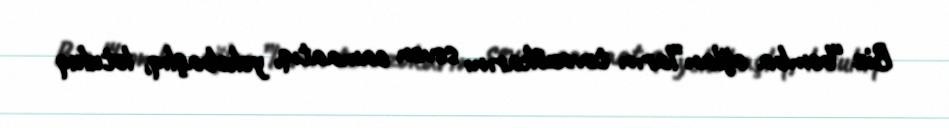
Biz “bomba oğlan”ların təvazökarını sevən camaatıq, yekəbaşlıq, lotuluq